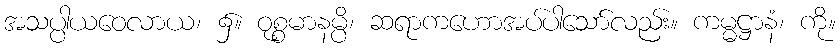
အသပ္ပါယဝေလာယ၊ ၌။ ဝုစ္စမာနမ္ပိ၊ ဆရာကဟောအပ်ပါသော်လည်း။ ကမ္မဋ္ဌာနံ၊ ကို။